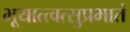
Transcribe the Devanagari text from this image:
भूयात्त्वत्सुप्रभातं